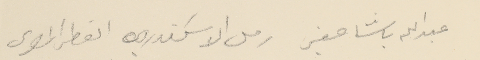
عبدالله باشا صفير رمل الاسكندريه القطر المصري